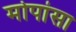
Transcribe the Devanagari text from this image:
मोपांसा